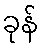
ခုန်